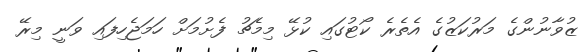
ޒުވާނުންގެ މަރުކަޒުގެ އެތެރެ ކޯޓުގައި ކުޅޭ މިމެޗު ފެށުމަށް ހަމަޖެހިފައި ވަނީ މިރޭ